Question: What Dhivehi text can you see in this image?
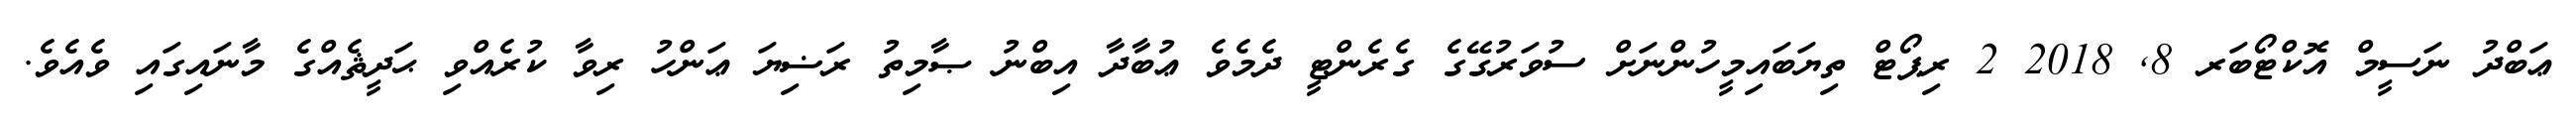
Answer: ޢަބްދު ނަސީމް އޮކްޓޯބަރ 8, 2018 2 ރިޕޯޓް ތިޔަބައިމީހުންނަށް ސުވަރުގޭގެ ގެރެންޓީ ދެމެވެ ޢުބާދާ އިބްނު ޞާމިތު ރަޟިޔަ ޢަންހު ރިވާ ކުރެއްވި ޙަދީޘެއްގެ މާނައިގައި ވެއެވެ.